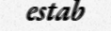
estab